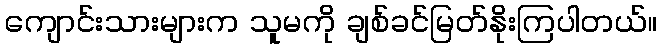
ကျောင်းသားများက သူမကို ချစ်ခင်မြတ်နိုးကြပါတယ်။